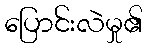
ပြောင်းလဲမှု၏